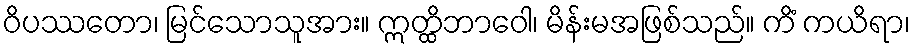
ဝိပဿတော၊ မြင်သောသူအား။ ဣတ္ထိဘာဝေါ၊ မိန်းမအဖြစ်သည်။ ကိံ ကယိရာ၊